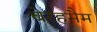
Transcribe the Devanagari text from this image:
बेरहमैम